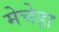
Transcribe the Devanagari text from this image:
मेचेड़ा